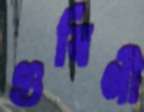
গুর্বিণী